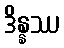
ဒိန္နဿ